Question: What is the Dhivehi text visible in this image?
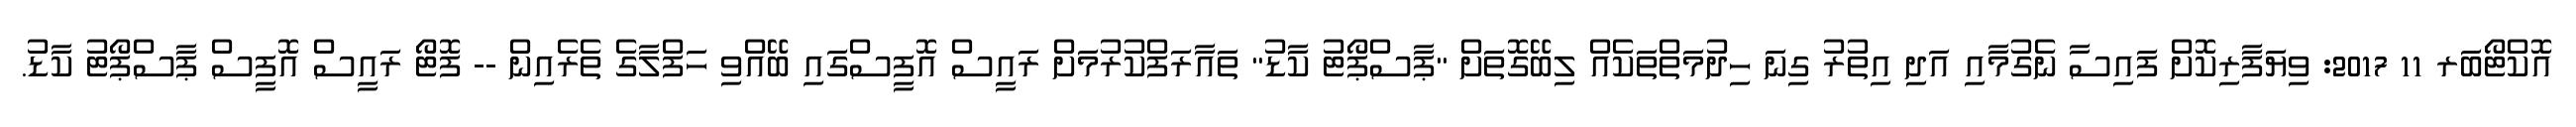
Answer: އޮކްޓޯބަރ 11 2017: ވިޔަފާރިކޮށް ފައިސާ ނެގުމާއި އަދި އިތުރު ގިނަ ހިދުމަތްތަކެއް ލިބޭގޮތަށް "ޕާސްޕޯޓު ކާޑު" ތައާރަފްކުރުމަށް ރައީސް އޮފީސްގައި ބޭއްވި ހަފްލާގެ ތެރެއިން -- ފޮޓޯ ރައީސް އޮފީސް ޕާސްޕޯޓު ކާޑު.